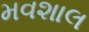
મવશાલ